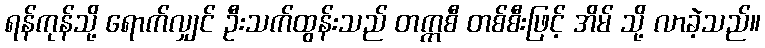
ရန်ကုန်သို့ ရောက်လျှင် ဦးသက်ထွန်းသည် တက္ကစီ တစ်စီးဖြင့် အိမ် သို့ လာခဲ့သည်။